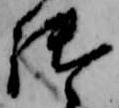
御